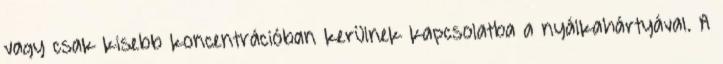
vagy csak kisebb koncentrációban kerülnek kapcsolatba a nyálkahártyával. A